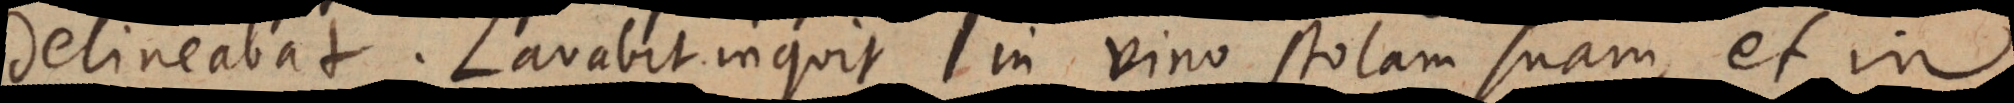
delineabat. Lavabit inquit in vino stolam suam, et in